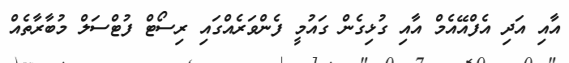
އާއި އަދި އެފްއޭއެމް އާއި ގުޅިގެން ގައުމީ ފެންވަރެއްގައި ރިސޯޓް ފުޓްސަލް މުބާރާތެއް